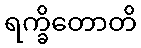
ရက္ခိတောတိ